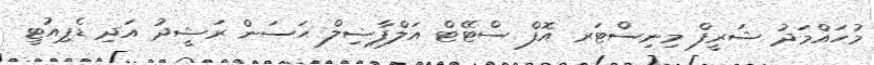
މުހައްމަދު ޝަރީފް މިނިސްޓަރ އޮފް ސްޓޭޓް އަލްފާޟިލް ޙަސަން ރަޝީދު އަދި ޑެޕިއުޓީ